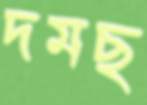
দমছ